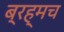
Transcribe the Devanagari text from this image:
ब्रह्मच